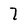
Character: 7